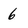
Character: 6